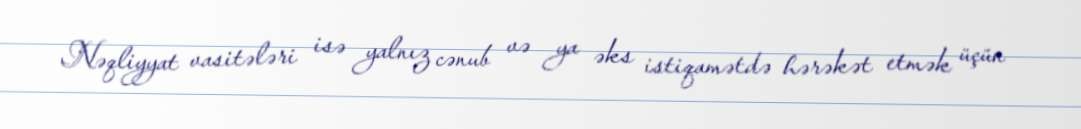
Nəqliyyat vasitələri isə yalnız cənub və ya əks istiqamətdə hərəkət etmək üçün